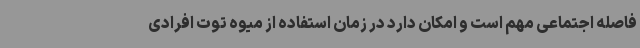
فاصله اجتماعی مهم است و امکان دارد در زمان استفاده از میوه توت افرادی